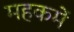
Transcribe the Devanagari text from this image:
महकमें